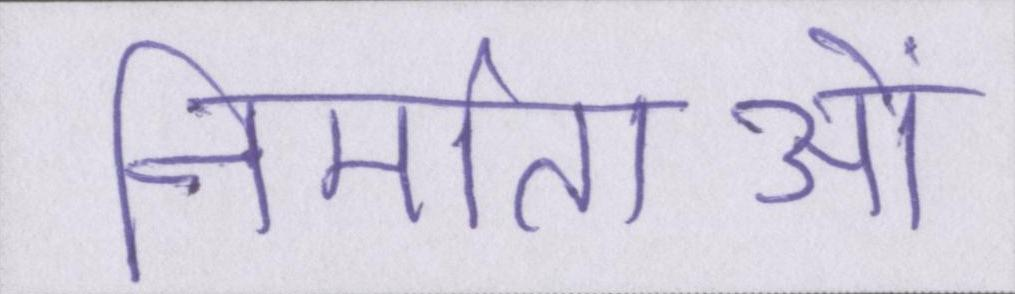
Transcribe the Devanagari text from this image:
निर्माताओं